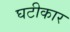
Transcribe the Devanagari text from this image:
घटीकार